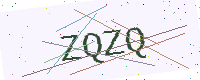
Text: ZQZQ